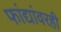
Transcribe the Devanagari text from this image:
फांद्यांवरही